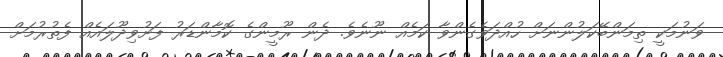
ވަނުމަކީ ތިމަންބޭކަލުންނަށް ހުއްދަވެގެންވާ ކަމެއް ނޫނެވެ. ދެން ރޫމީންގެ ކޮމާންޑަރު ފަށުވިދޫލައެއް ފެތުރުމަށް